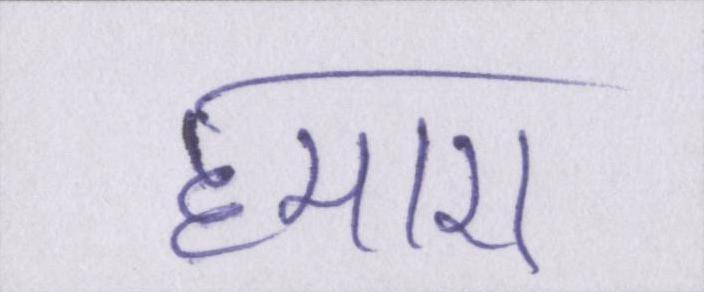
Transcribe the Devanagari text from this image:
हमारा